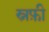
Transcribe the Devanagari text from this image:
स्नफ़ी